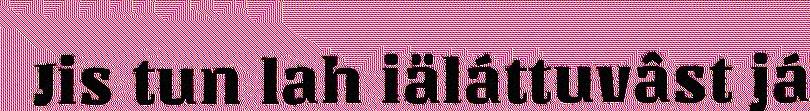
Jis tun lah iäláttuvâst já